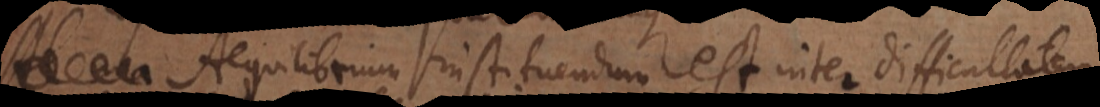
una Aequilibrium instituendum est inter difficultatem